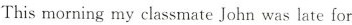
This morning my classmate John was late for